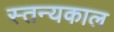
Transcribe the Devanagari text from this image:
स्तन्यकाल